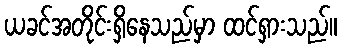
ယခင်အတိုင်းရှိနေသည်မှာ ထင်ရှားသည်။